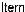
ITERN